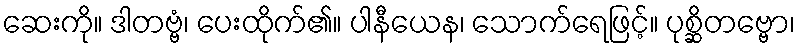
ဆေးကို။ ဒါတဗ္ဗံ၊ ပေးထိုက်၏။ ပါနီယေန၊ သောက်ရေဖြင့်။ ပုစ္ဆိတဗ္ဗော၊